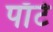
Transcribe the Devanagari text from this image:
पाँटे